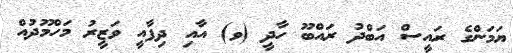
ޔަމަންގެ ރައީސް އަބްދު ރައްބޫ ހާދީ (ވ) އާއި ދިފާއީ ވަޒީރު މަހްމޫދުއް